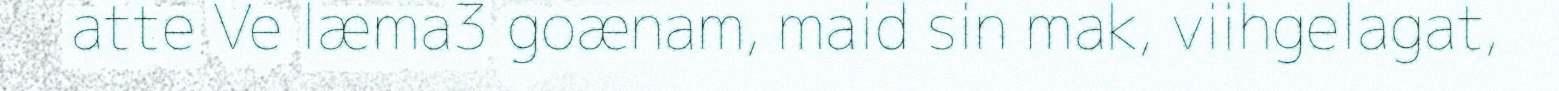
atte Ve læma3 goænam, maid sin mak, viihgelagat,